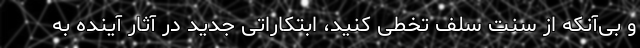
و بی‌آنکه از سنت سَلَف تخطی کنید، ابتکاراتی جدید در آثار آینده‌ به‌